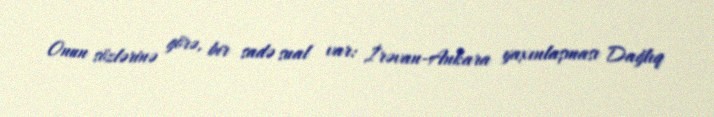
Onun sözlərinə görə, bir sadə sual var: İrəvan-Ankara yaxınlaşması Dağlıq